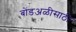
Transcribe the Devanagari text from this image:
बोंडअळीसाठी